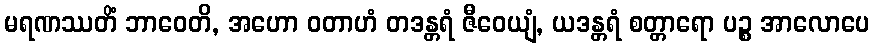
မရဏဿတိံ ဘာဝေတိ, အဟော ဝတာဟံ တဒန္တရံ ဇီဝေယျံ, ယဒန္တရံ စတ္တာရော ပဉ္စ အာလောပေ